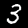
Label: 3